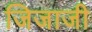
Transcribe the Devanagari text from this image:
जिजाजी